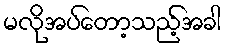
မလိုအပ်တော့သည့်အခါ